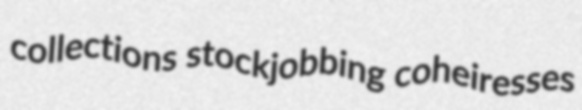
collections stockjobbing coheiresses